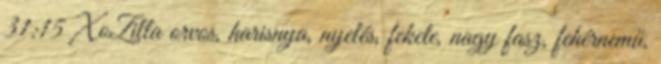
31:15 XoZilla orvos, harisnya, nyelés, fekete, nagy fasz, fehérnemű,